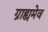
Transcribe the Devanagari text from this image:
ग्राह्यमेव